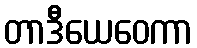
တာဒီယေဝေကာ